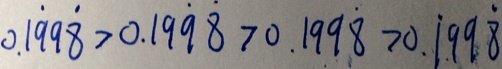
0 . 1 \dot { 9 } 9 \dot { 8 } > 0 . 1 9 \dot { 9 } \dot { 8 } > 0 . 1 9 9 \dot { 8 } > 0 . \dot { 1 } 9 9 \dot { 8 }